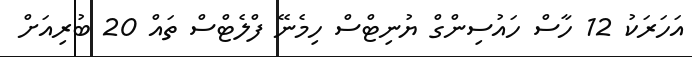
އަހަރަކު 12 ހާސް ހައުސިންގް ޔުނިޓްސް ހިމެނޭ ފްލެޓްސް ތައް 20 ބުރިއަށް